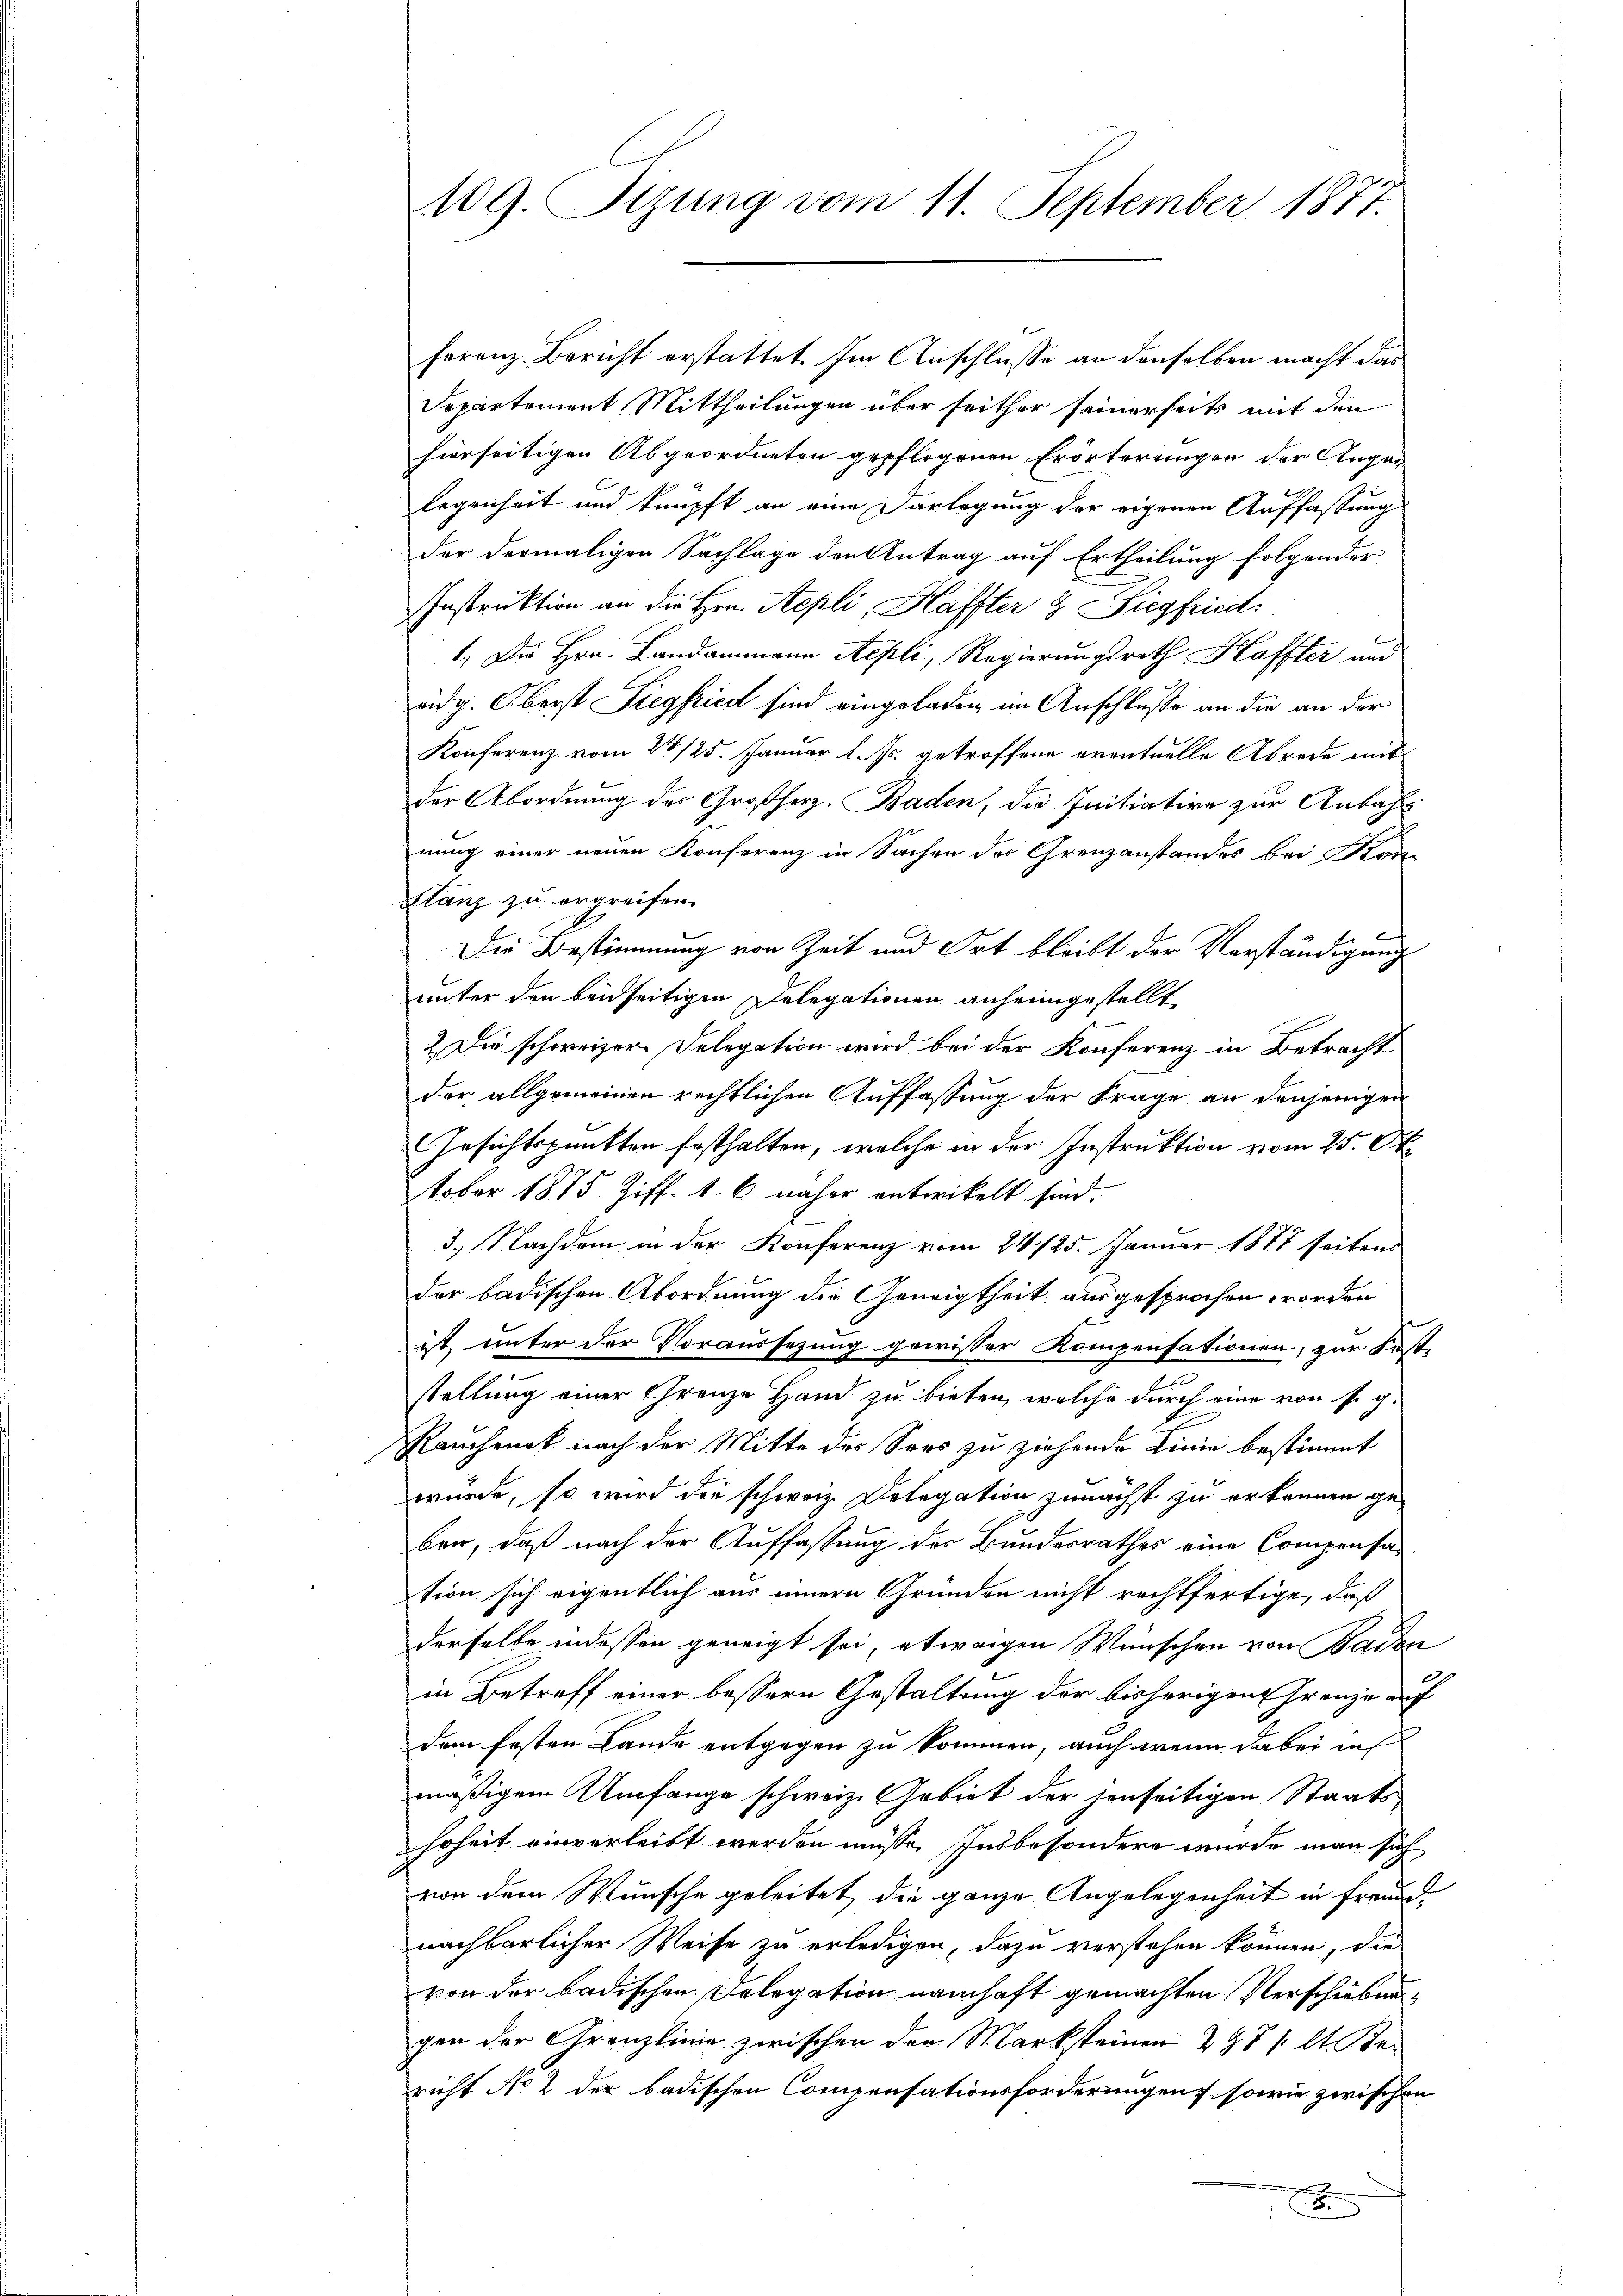
ferenz Bericht erstattet. Im Anschlusse an denselben macht das
Departement Mittheilungen über seither seinerseits mit den
hierseitigen Abgeordneten gepflogenen Erörterungen der Augen
legenheit und knüpft an eine Darlegung der eigenen Auffassung
der dermaligen Sachlage den Antrag auf Ertheilung folgender
Instruktion an die Hrn. Sepli, Haffter & Siegfried
1.) Die Hrn. Landammann Aepli, Regierungsrath Haffter und
eidg. Oberst Siegfried sind eingeladen im Anschlusse an die an der
Konferenz vom 24/25. Januar l. Js. getroffene eventuelle Abrede mit
der Abordnung des Großherz. Baden, die Initiative zur Anbahnung einer neuen Konferenz in Sachen des Grenzanstandes bei Kon-
Klanz zu ergreifen.
Die Bestimmung von Zeit und Ort bleibt der Vorständigung
unter den beidseitigen Delegationen anheimgestellt
2. Die schweizer Delegation wird bei der Konferenz in Betracht
der allgemeinen rechtlichen Auffassung der Frage an denjenigen
Gesichtspunkten festhalten, welche in der Instruktion vom 25. Ok
tober 1875. Ziff. 16 näher entwickelt sind.
3.) Nachdem in der Konferenz vom 24/25. Januar 1877 seitens
der badischen Abordnung die Geneigtheit ausgesprochen worden
ist, unter der Voraussezung gewisser Kompensationen, zur Fest-
stellung einer Grenze Hand zu bieten, welche durch eine von s. g.
Rauchenk nach der Mitte des Sors zu ziehende Linie bestimmt
würde, so wird die schweiz. Delegation zunächst zu erkennen ge-
ben, daß nach der Auffassung der Bundesrathes eine Compensation sich eigentlich aus innern Gründen nicht rechtfertige, daß
derselbe indessen geneigt sei, etwaigen Wünschen von Baden
.
in Betreff einer bessern Gestaltung der bisherigen Grenze auf
dem festen Lande entgegen zu kommen, auch wenn dabei in
mäßigem Umfange schweiz. Gebiet der jenseitigen Staatshoheit einverleibt werden müsse. Insbesondere wurde man sich
von dem Wunsche geleitet, die ganze Angelegenheit in Freund
nachbarlicher Weise zu erledigen, dazu verstehen können, die
von der badischen Delegation namhaft gemachten Verschiebungen der Granzlinie zwischen den Marksteiner 297 (lt. Kei
richt No 2 der badischen Compensationsforderungen, sowie zwischen
x

109. Sizung vom 11. September 1877.